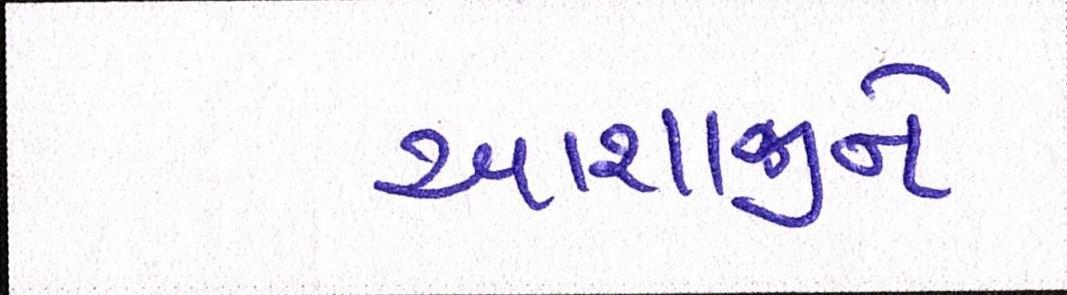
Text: આશાજીને